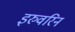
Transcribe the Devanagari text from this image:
इरुवरिन